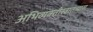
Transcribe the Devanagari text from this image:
अभिव्यक्तीस्वातंत्र्यास